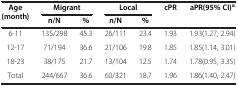
<table><thead><tr><td rowspan="2"><b>Age(month)</b></td><td colspan="2"><b>Migrant</b></td><td colspan="2"><b>Local</b></td><td rowspan="2"><b>cPR</b></td><td rowspan="2"><b>aPR(95% CI)<sup>a</sup></b></td></tr><tr><td><b>n/N</b></td><td><b>%</b></td><td><b>n/N</b></td><td><b>%</b></td></tr></thead><tbody><tr><td>6-11</td><td>135/298</td><td>45.3</td><td>26/111</td><td>23.4</td><td>1.93</td><td>1.93(1.27, 2.94)</td></tr><tr><td>12-17</td><td>71/194</td><td>36.6</td><td>21/106</td><td>19.8</td><td>1.85</td><td>1.85(1.14, 3.01)</td></tr><tr><td>18-23</td><td>38/175</td><td>21.7</td><td>13/104</td><td>12.5</td><td>1.74</td><td>1.78(0.95, 3.35)</td></tr><tr><td>Total</td><td>244/667</td><td>36.6</td><td>60/321</td><td>18.7</td><td>1.96</td><td>1.86(1.40, 2.47)</td></tr></tbody></table>